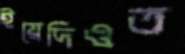
ইয়েদিওত